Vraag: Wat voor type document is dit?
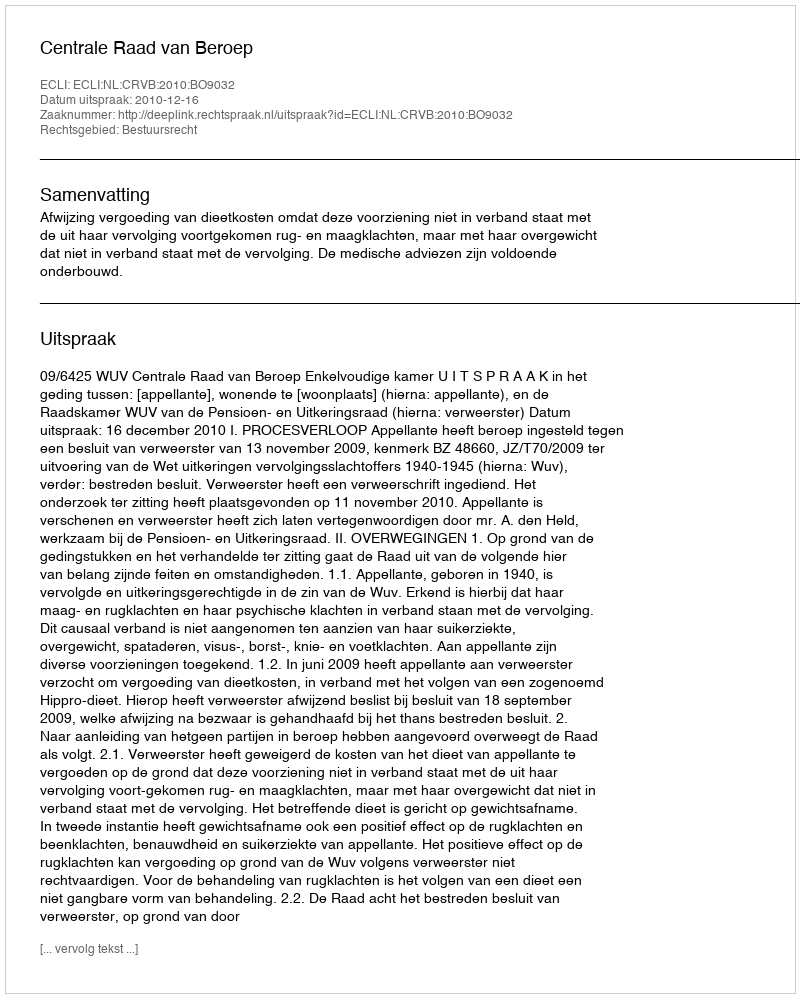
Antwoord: Uitspraak